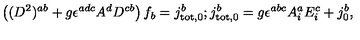
\left( ( D ^ { 2 } ) ^ { a b } + g \epsilon ^ { a d c } A ^ { d } D ^ { c b } \right) f _ { b } = j _ { \mathrm { t o t } , 0 } ^ { b } ; j _ { \mathrm { t o t } , 0 } ^ { b } = g \epsilon ^ { a b c } A _ { i } ^ { a } E _ { i } ^ { c } + j _ { 0 } ^ { b } ,